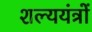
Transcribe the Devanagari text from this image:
शल्ययंत्रों